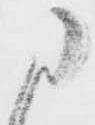
に